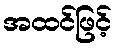
အထင်ဖြင့်